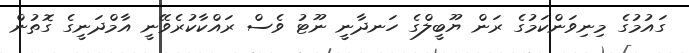
ގައުމުގެ މިނިވަންކަމުގެ ރަން ޔޫބީލްގެ ހަނދާނީ ނޫޓު ވެސް ރައްކާކުރެވޭނީ އާމްދަނީގެ ގޮތުން